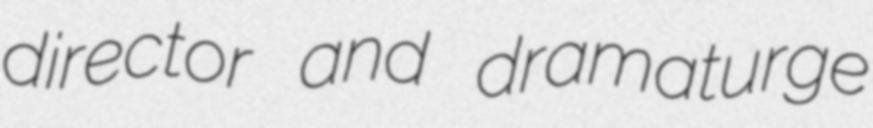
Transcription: director and dramaturge